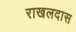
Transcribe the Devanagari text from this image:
राखलदास